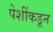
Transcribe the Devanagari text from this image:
पेशींकडून